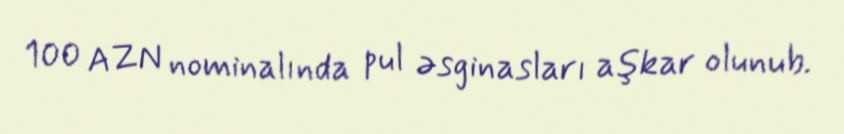
100 AZN nominalında pul əsginasları aşkar olunub.